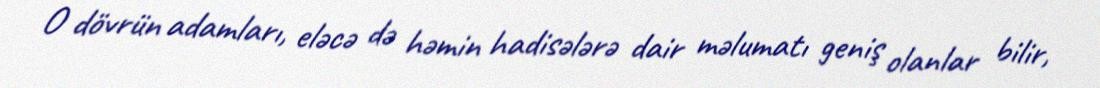
O dövrün adamları, eləcə də həmin hadisələrə dair məlumatı geniş olanlar bilir,